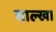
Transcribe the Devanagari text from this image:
बाल्ख।